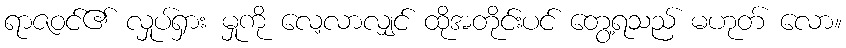
ရာဇဝင်၏ လှုပ်ရှား မှုကို လေ့လာလျှင် ထိုအတိုင်းပင် တွေ့ရသည် မဟုတ် လော။